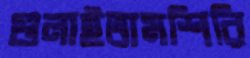
গুলাইতামশিরি